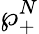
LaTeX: \wp_{+}^{N}